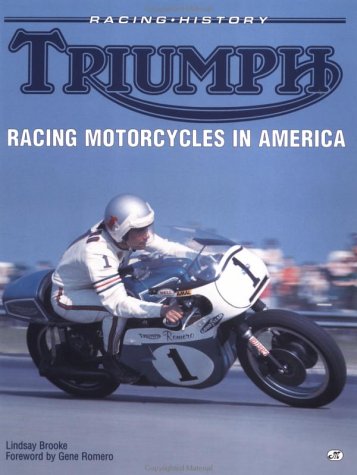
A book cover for Triumph Racing Motorcycles in America; Lindsay Brooke; Sports & Outdoors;